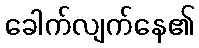
ခေါက်လျက်နေ၏